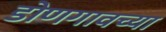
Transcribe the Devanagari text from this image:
डोणगावच्या